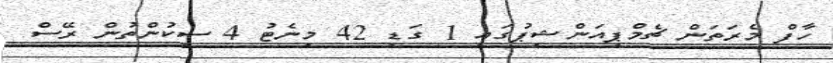
ހާފް މެރަތަން ޗެމްޕިއަންޝިޕުގައި 1 ގަޑި 42 މިނެޓު 4 ސިކުންތުން ރޭސް